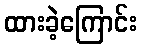
ထားခဲ့ကြောင်း